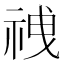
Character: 𫀍